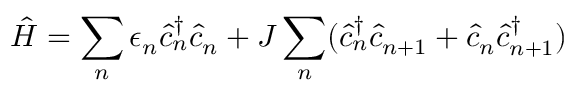
\hat { H } = \sum _ { n } \epsilon _ { n } \hat { c } _ { n } ^ { \dagger } \hat { c } _ { n } + J \sum _ { n } ( \hat { c } _ { n } ^ { \dagger } \hat { c } _ { n + 1 } + \hat { c } _ { n } \hat { c } _ { n + 1 } ^ { \dagger } )